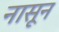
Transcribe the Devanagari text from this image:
नासून